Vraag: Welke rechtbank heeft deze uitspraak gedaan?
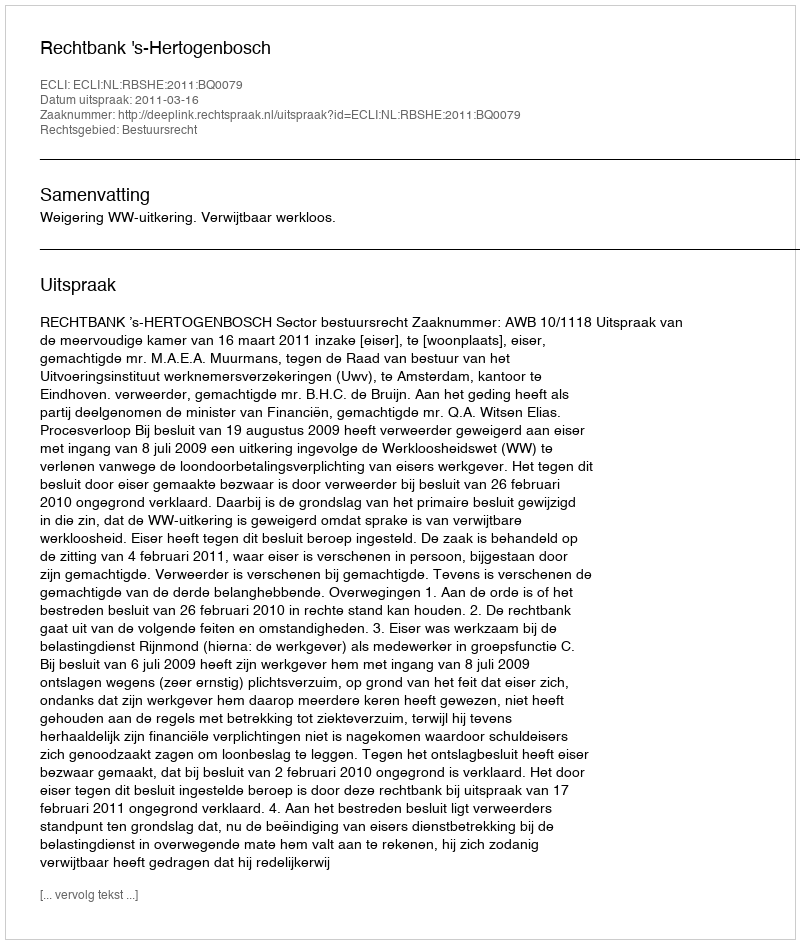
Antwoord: Rechtbank 's-Hertogenbosch